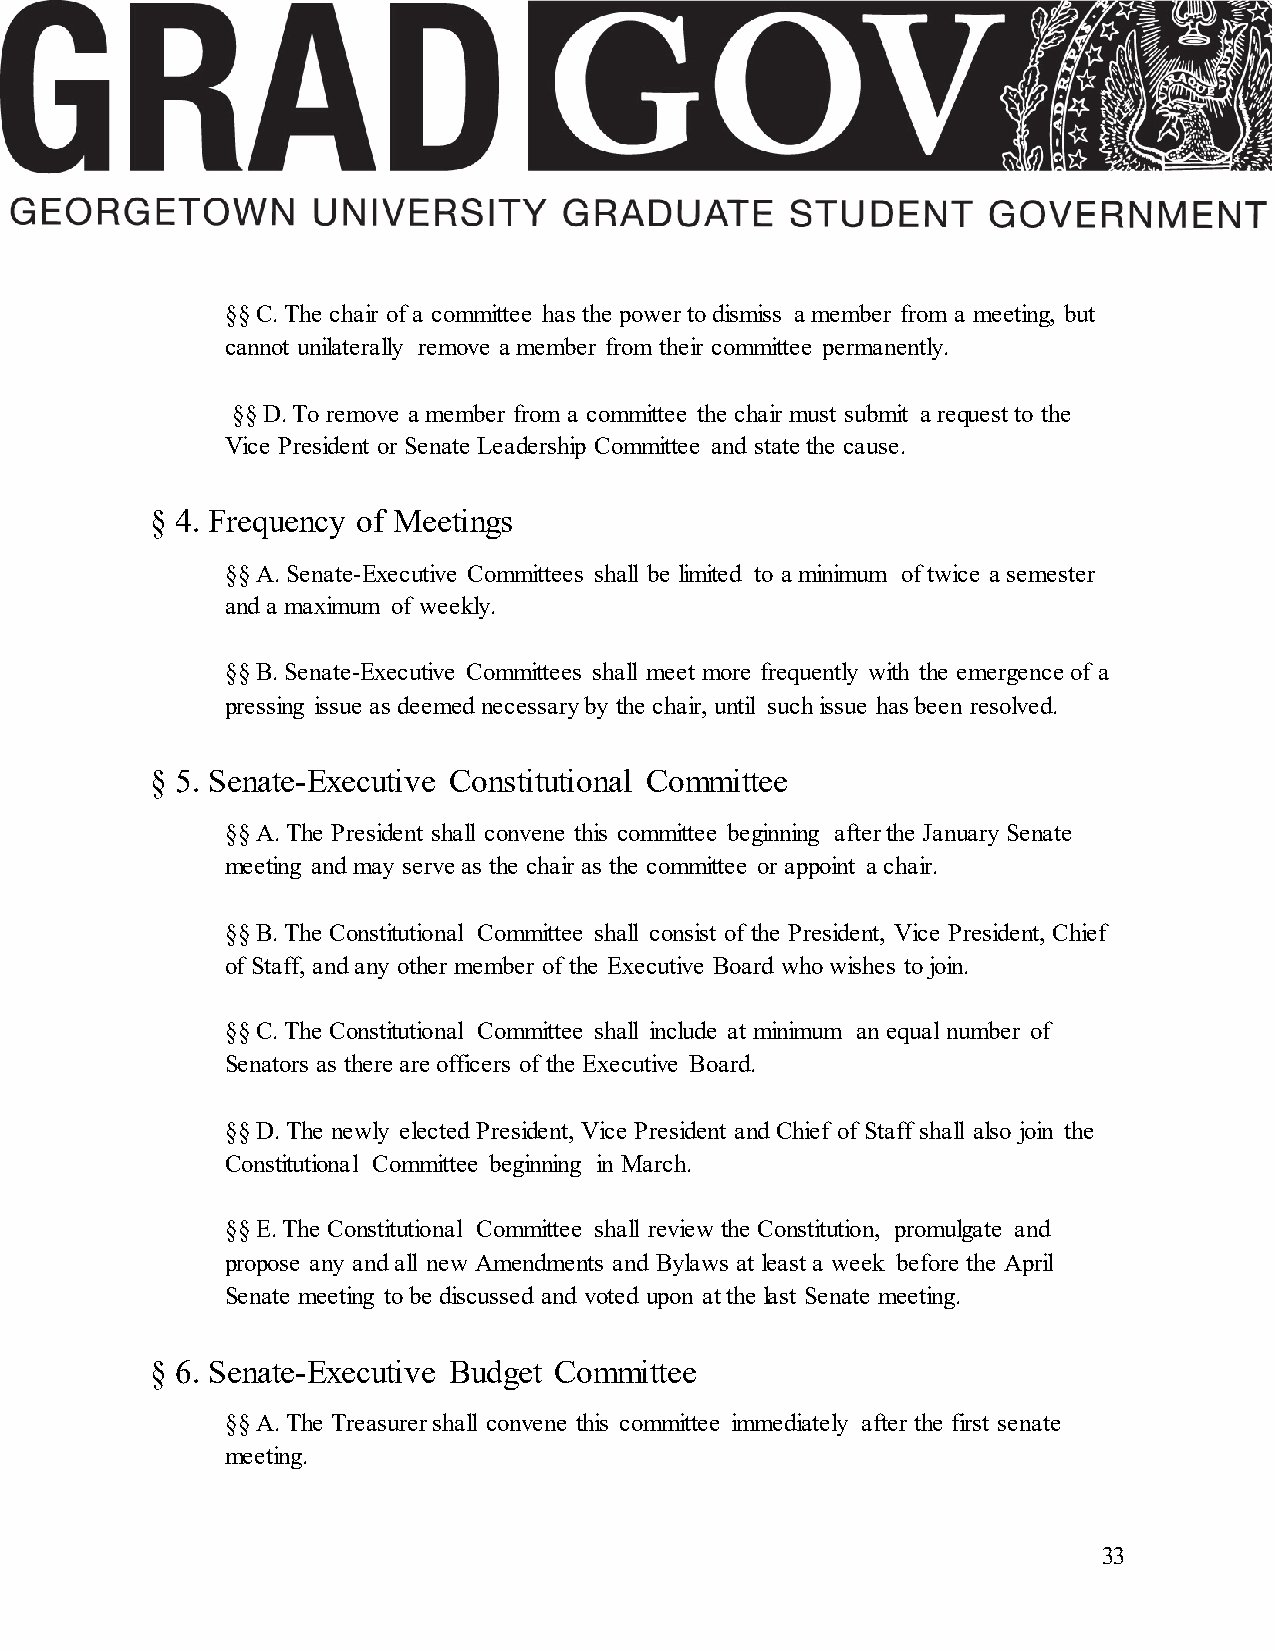
§§ C. The chair of a committee has the power to dismiss a member from a meeting, but
 cannot unilaterally remove a member from their committee permanently.
 §§ D. To remove a member from a committee the chair must submit a request to the
 Vice President or Senate Leadership Committee and state the cause.
 § 4. Frequency of Meetings
 §§ A. Senate-Executive Committees shall be limited to a minimum of twice a semester
 and a maximum of weekly.
 §§ B. Senate-Executive Committees shall meet more frequently with the emergence of a
 pressing issue as deemed necessary by the chair, until such issue has been resolved.
 § 5. Senate-Executive Constitutional Committee
 §§ A. The President shall convene this committee beginning after the January Senate
 meeting and may serve as the chair as the committee or appoint a chair.
 §§ B. The Constitutional Committee shall consist of the President, Vice President, Chief
 of Staff, and any other member of the Executive Board who wishes to join.
 §§ C. The Constitutional Committee shall include at minimum an equal number of
 Senators as there are officers of the Executive Board.
 §§ D. The newly elected President, Vice President and Chief of Staff shall also join the
 Constitutional Committee beginning in March.
 §§ E. The Constitutional Committee shall review the Constitution, promulgate and
 propose any and all new Amendments and Bylaws at least a week before the April
 Senate meeting to be discussed and voted upon at the last Senate meeting.
 § 6. Senate-Executive Budget Committee
 §§ A. The Treasurer shall convene this committee immediately after the first senate
 meeting.
 33